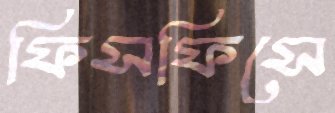
ফিসফিসে